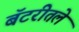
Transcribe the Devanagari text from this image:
बॅटरीतले